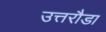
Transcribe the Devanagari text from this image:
उत्तरौडा